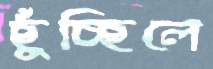
ছুঁচ্ছিলে